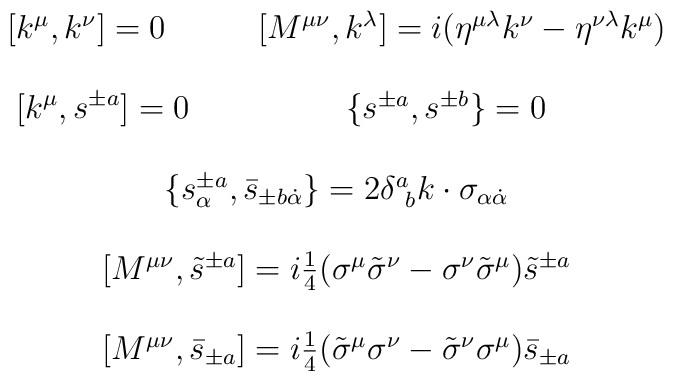
\begin{array}{cc}[k^{\mu},k^{\nu}]=0~~~ &~~~[M^{\mu\nu},k^{\lambda}]=i(\eta^{\mu\lambda}k^{\nu}-\eta^{\nu\lambda}k^{\mu})\\{}&{}\\\displaystyle{[k^{\mu},s^{\pm a}]=0} &\{s^{\pm a},s^{\pm b}\}=0\\{}&{}\\\multicolumn{2}{c}{\{s^{\pm a}_{\alpha},\bar{s}_{\pm b\dot{\alpha}}\}=2\delta^{a}_{~b}k\cdot\sigma_{\alpha\dot{\alpha}}}\\{}&{}\\\multicolumn{2}{c}{[M^{\mu\nu},\tilde{s}^{\pm a}]=i\textstyle{\frac{1}{4}}(\sigma^{\mu}\tilde{\sigma}^{\nu}-\sigma^{\nu}\tilde{\sigma}^{\mu})\tilde{s}^{\pm a}}\\{}&{}\\\multicolumn{2}{c}{[M^{\mu\nu},\bar{s}_{\pm a}]=i\textstyle{\frac{1}{4}}(\tilde{\sigma}^{\mu}\sigma^{\nu}-\tilde{\sigma}^{\nu}\sigma^{\mu})\bar{s}_{\pm a}}\end{array}